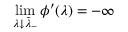
\operatorname* { l i m } _ { \lambda \downarrow \tilde { \lambda } _ { - } } \phi ^ { \prime } ( \lambda ) = - \infty